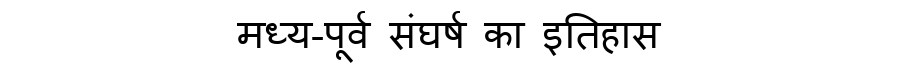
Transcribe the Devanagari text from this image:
मध्य-पूर्व संघर्ष का इतिहास